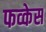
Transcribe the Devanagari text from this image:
फव्केस